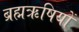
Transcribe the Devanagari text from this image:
ब्रह्मऋषियों